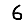
Digit: 6